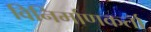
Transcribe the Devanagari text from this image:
विनिर्माणकर्ता